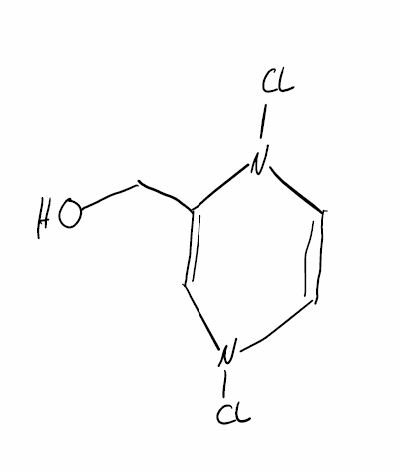
Simplified molecular-input line-entry system (SMILES) notation of the given molecule:
C1=CN(C(=CN1Cl)CO)Cl